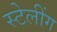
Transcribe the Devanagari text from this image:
स्टेलींग